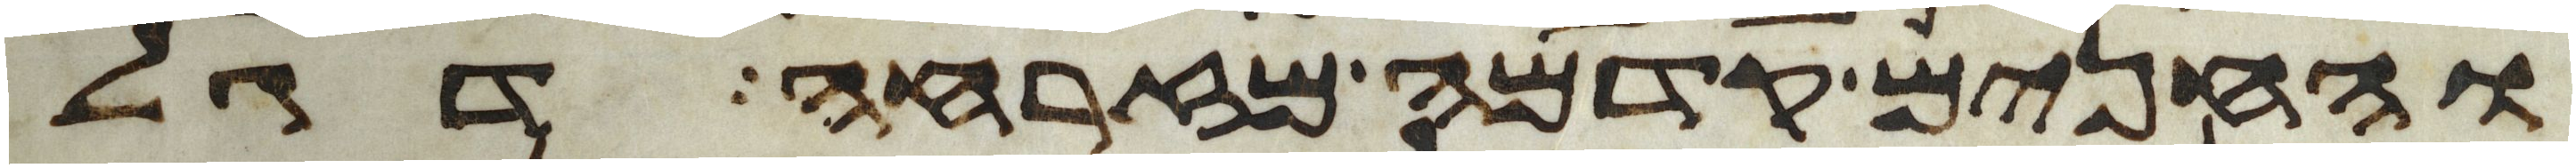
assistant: והחנים קדמה מזרחה דגל